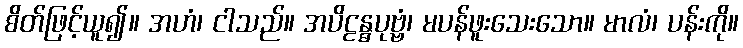
စိတ်ဖြင့်ယူ၍။ အဟံ၊ ငါသည်။ အပိဠန္ဓပုဗ္ဗံ၊ မပန်ဖူးသေးသော။ မာလံ၊ ပန်းကို။